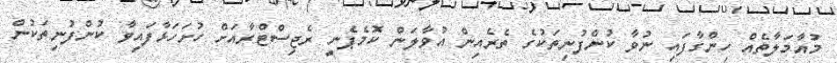
މުއާމަލާތެއް ހިންގާފައި ނުވާ ކުންފުނިތަކުގެ ތެރެއިން އުވާލަން ކޮމެޕެނީ ރެޖިސްޓްރާއަށް ހުށަހަޅާފައިވާ ކުންފުނިތަކުން